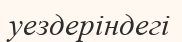
уездеріндегі